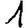
Digit: 1